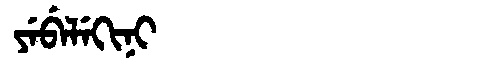
Manchu: ᠶᡝᠪᡝᠯᡝᡴᡳᠨᡳ
Romanization: YEBELEKINI